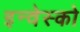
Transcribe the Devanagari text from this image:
इन्वेस्को